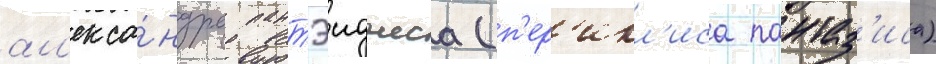
ал'екса́ндра пантэиджеса (п'ер'икл'иса пантаз'иса)